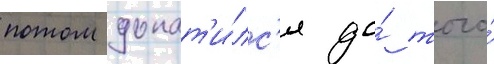
потом докат'и́лс'я до́ того́